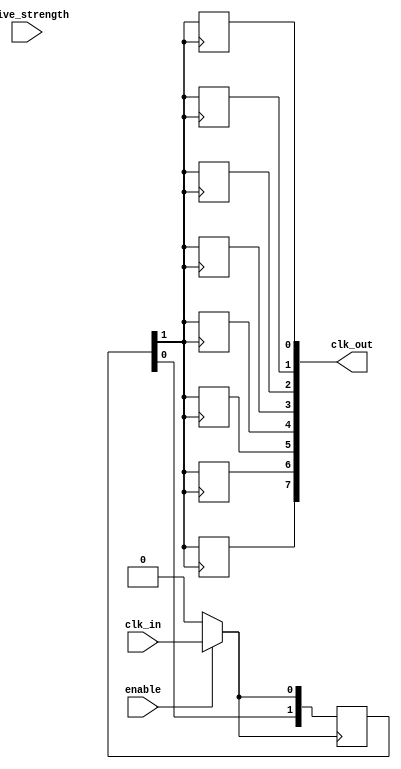
module HighFanoutClockBuffer (
    input wire clk_in,               // Input clock signal
    input wire enable,               // Enable signal for the buffer
    input wire [1:0] drive_strength, // Drive strength control
    output wire [N-1:0] clk_out      // Output clock signals (fanout)
);

parameter N = 8; // Number of output loads
parameter DELAY = 2; // Delay in clock cycles for buffering stages

// Internal signals
wire clk_buffered;
wire clk_en; // Enabled clock signal

// Input stage: Conditioning the input clock
assign clk_en = enable ? clk_in : 1'b0;

// Buffering stage: Simple register-based buffering
reg [DELAY-1:0] clk_reg;

always @(posedge clk_en) begin
    clk_reg <= {clk_reg[DELAY-2:0], clk_en}; // Shift register implementation
end

// Output drivers with programmable drive strength
genvar i;
generate
    for (i = 0; i < N; i = i + 1) begin : output_drivers
        reg clk_out_reg;
        
        always @(posedge clk_reg[DELAY-1]) begin
            case (drive_strength)
                2'b00: clk_out_reg <= clk_reg[DELAY-1]; // Low drive strength
                2'b01: clk_out_reg <= clk_reg[DELAY-1]; // Medium drive strength
                2'b10: clk_out_reg <= clk_reg[DELAY-1]; // High drive strength
                default: clk_out_reg <= clk_reg[DELAY-1]; // Default
            endcase
        end
        
        assign clk_out[i] = clk_out_reg;
    end
endgenerate

endmodule